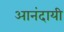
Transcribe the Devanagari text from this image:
आनंदायी